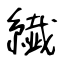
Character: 繊